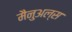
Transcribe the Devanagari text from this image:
मैनुअल्स